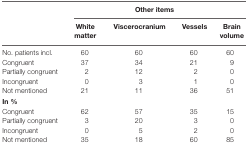
<table><thead><tr><td></td><td colspan="4"><b>Other items</b></td></tr><tr><td></td><td><b>White matter</b></td><td><b>Viscerocranium</b></td><td><b>Vessels</b></td><td><b>Brain volume</b></td></tr></thead><tbody><tr><td>No. patients incl.</td><td>60</td><td>60</td><td>60</td><td>60</td></tr><tr><td>Congruent</td><td>37</td><td>34</td><td>21</td><td>9</td></tr><tr><td>Partially congruent</td><td>2</td><td>12</td><td>2</td><td>0</td></tr><tr><td>Incongruent</td><td>0</td><td>3</td><td>1</td><td>0</td></tr><tr><td>Not mentioned</td><td>21</td><td>11</td><td>36</td><td>51</td></tr><tr><td colspan="5"><b>In %</b></td></tr><tr><td>Congruent</td><td>62</td><td>57</td><td>35</td><td>15</td></tr><tr><td>Partially congruent</td><td>3</td><td>20</td><td>3</td><td>0</td></tr><tr><td>Incongruent</td><td>0</td><td>5</td><td>2</td><td>0</td></tr><tr><td>Not mentioned</td><td>35</td><td>18</td><td>60</td><td>85</td></tr></tbody></table>